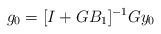
LaTeX: \begin{align*} g_0 = [ I + GB_1 ]^{-1} G y_0 \end{align*}